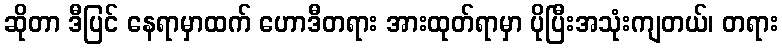
ဆိုတာ ဒီပြင် နေရာမှာထက် ဟောဒီတရား အားထုတ်ရာမှာ ပိုပြီးအသုံးကျတယ်၊ တရား